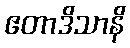
ဧတာဒိသာနိ